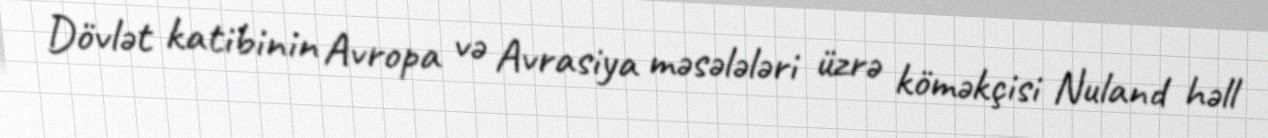
Dövlət katibinin Avropa və Avrasiya məsələləri üzrə köməkçisi Nuland həll